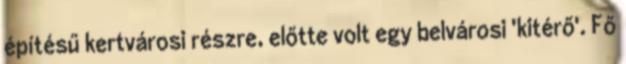
építésű kertvárosi részre, előtte volt egy belvárosi 'kitérő'. Fő